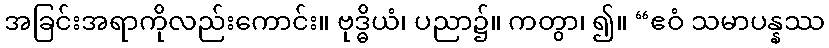
အခြင်းအရာကိုလည်းကောင်း။ ဗုဒ္ဓိယံ၊ ပညာ၌။ ကတွာ၊ ၍။ “ဧဝံ သမာပန္နဿ